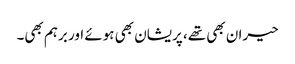
حیران بھی تھے، پریشان بھی ہوئے اور برہم بھی۔